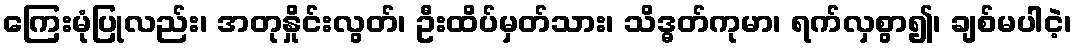
ကြေးမုံပြုလည်း၊ အတုနှိုင်းလွတ်၊ ဦးထိပ်မှတ်သား၊ သိဒ္ဓတ်ကုမာ၊ ရက်လှစွာ၍၊ ချစ်မပါငဲ့၊